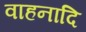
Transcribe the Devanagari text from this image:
वाहनादि